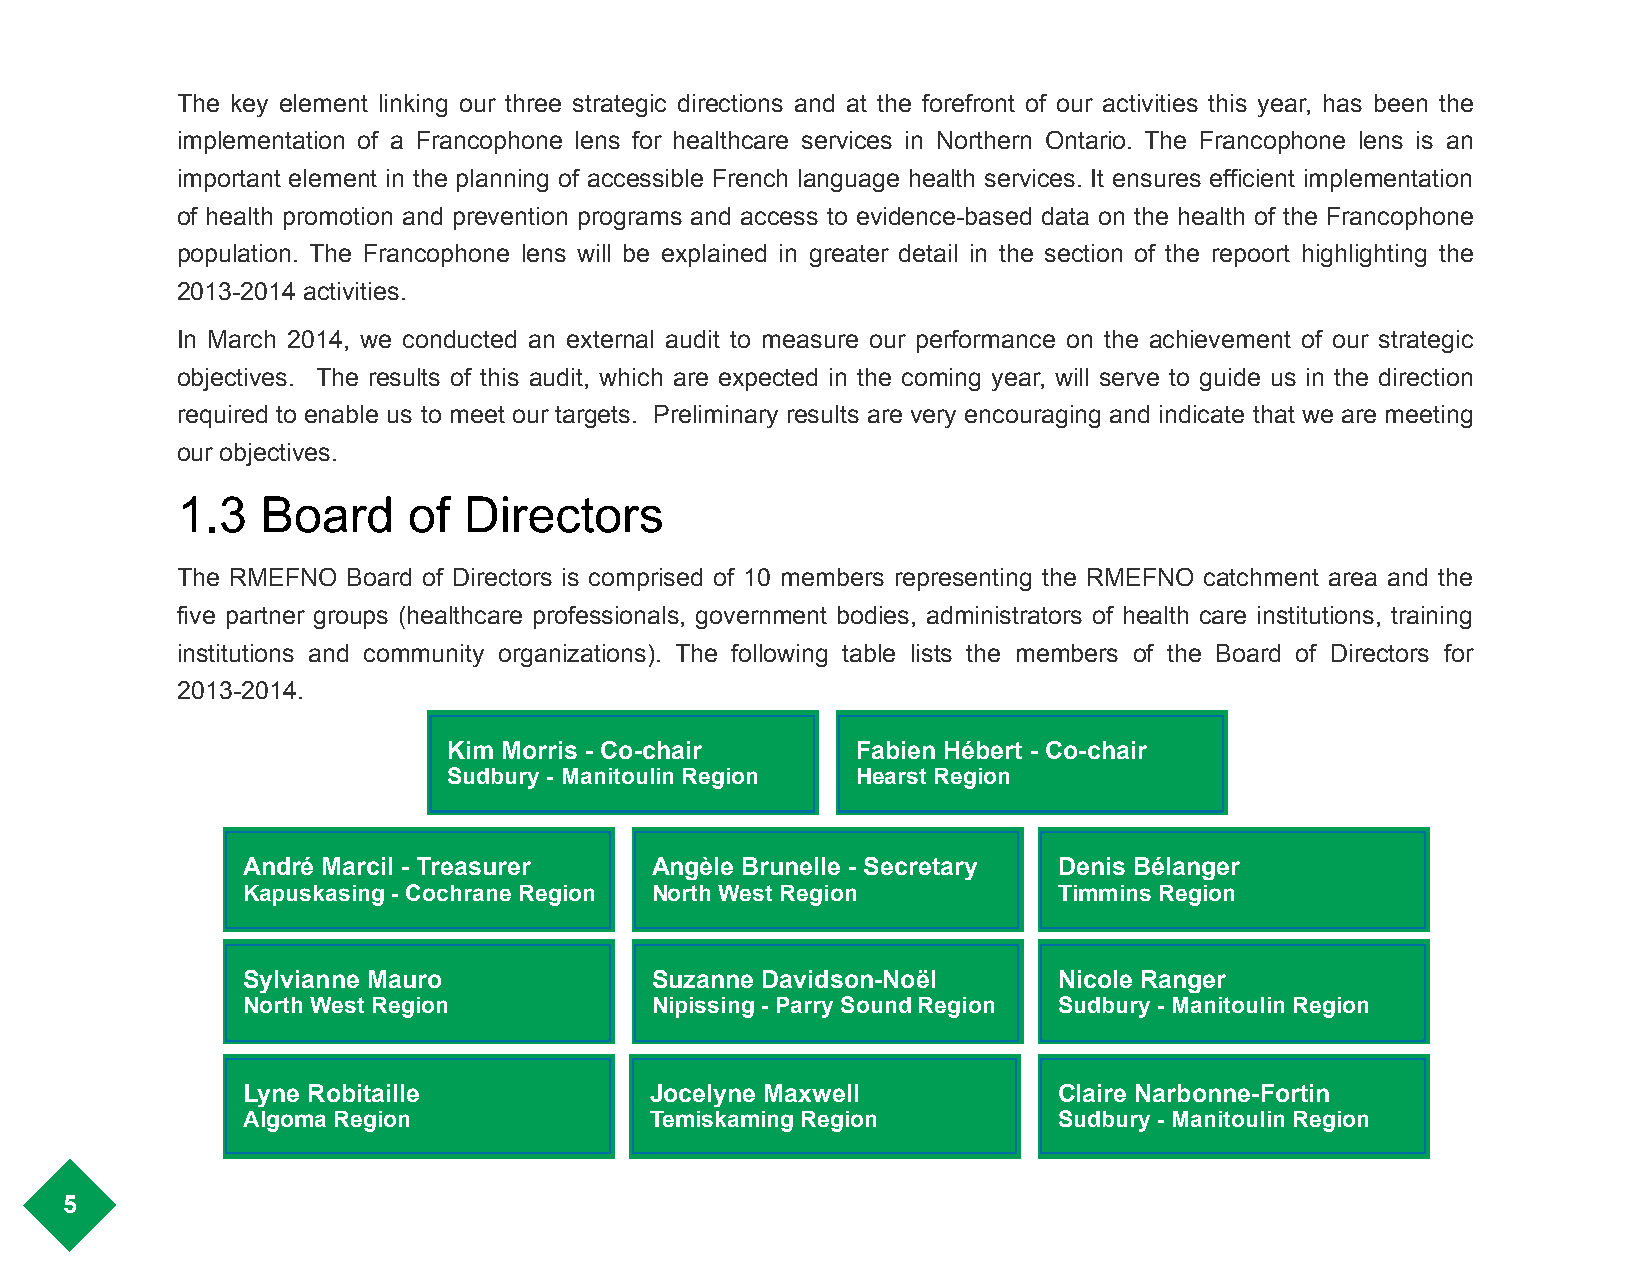
The key element linking our three strategic directions and at the forefront of our activities this year, has been the
 implementation of a Francophone lens for healthcare services in Northern Ontario. The Francophone lens is an
 important element in the planning of accessible French language health services. It ensures efficient implementation
 of health promotion and prevention programs and access to evidence-based data on the health of the Francophone
 population. The Francophone lens will be explained in greater detail in the section of the repoort highlighting the
 2013-2014 activities.
 In March 2014, we conducted an external audit to measure our performance on the achievement of our strategic
 objectives. The results of this audit, which are expected in the coming year, will serve to guide us in the direction
 required to enable us to meet our targets. Preliminary results are very encouraging and indicate that we are meeting
 our objectives.
 1.3  Board     of  Directors
 The RMEFNO Board of Directors is comprised of 10 members representing the RMEFNO catchment area and the
 five partner groups (healthcare professionals, government bodies, administrators of health care institutions, training
 institutions and community organizations). The following table lists the members of the Board of Directors for
 2013-2014.
 Kim Morris - Co-chair      Fabien Hébert - Co-chair
 Sudbury - Manitoulin Region Hearst Region
 André Marcil - Treasurer   Angèle Brunelle - Secretary Denis Bélanger
 Kapuskasing - Cochrane Region North West Region       Timmins Region
 Sylvianne Mauro            Suzanne Davidson-Noël      Nicole Ranger
 North West Region          Nipissing - Parry Sound Region Sudbury - Manitoulin Region
 Lyne Robitaille            Jocelyne Maxwell           Claire Narbonne-Fortin
 Algoma Region              Temiskaming Region         Sudbury - Manitoulin Region
 5